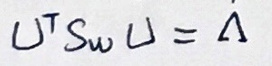
\(U^T S_w U = \dot{\Delta}\)